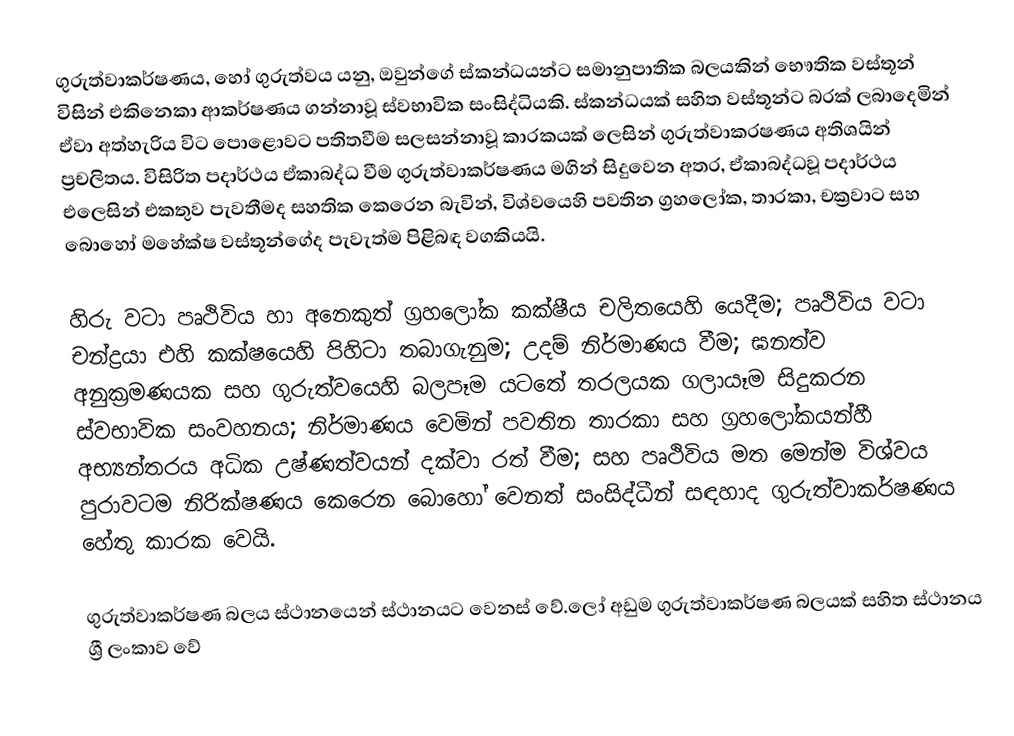
ගුරුත්වාකර්ෂණය, හෝ  ගුරුත්වය යනු, ඔවුන්ගේ   ස්කන්ධයන්ට  සමානුපාතික බලයකින් භෞතික වස්තූන් විසින් එකිනෙකා ආකර්ෂණය  ගන්නාවූ ස්වභාවික සංසිද්ධියකි. ස්කන්ධයක් සහිත වස්තූන්ට බරක් ලබාදෙමින් ඒවා අත්හැරිය විට පොළොවට පතිතවීම සලසන්නාවූ කාරකයක් ලෙසින් ගුරුත්වාකරෂණය අතිශයින් ප්‍රචලිතය. විසිරිත පදාර්ථය  ඒකාබද්ධ වීම ගුරුත්වාකර්ෂණය මගින් සිදුවෙන අතර, ඒකාබද්ධවූ පදාර්ථය එලෙසින් එකතුව පැවතීමද සහතික කෙරෙන බැවින්, විශ්වයෙහි පවතින ග්‍රහලෝක, තාරකා, චක්‍රවාට සහ  බොහෝ මහේක්ෂ වස්තූන්ගේද පැවැත්ම පිළිබඳ වගකියයි.

හිරු වටා පෘථිවිය හා අනෙකුත් ග්‍රහලෝක  කක්ෂීය චලිතයෙහි යෙදීම; පෘථිවිය වටා චන්ද්‍රයා එහි කක්ෂයෙහි පිහිටා තබාගැනුම; උදම් නිර්මාණය වීම; ඝනත්ව අනුක්‍රමණයක සහ ගුරුත්වයෙහි  බලපෑම යටතේ තරලයක ගලායෑම සිදුකරන ස්වභාවික සංවහනය; නිර්මාණය වෙමින් පවතින තාරකා සහ ග්‍රහලෝකයන්හී අභ්‍යන්තරය අධික උෂ්ණත්වයන් දක්වා රත් වීම; සහ පෘථිවිය මත මෙන්ම විශ්වය පුරාවටම නිරික්ෂණය කෙරෙන බොහෝ වෙනත් සංසිද්ධීන් සඳහාද  ගුරුත්වාකර්ෂණය හේතු කාරක වෙයි.

ගුරුත්වාකර්ෂණ බලය ස්ථානයෙන් ස්ථානයට වෙනස් වේ.ලෝ අඩුම ගුරුත්වාකර්ෂණ බලයක් සහිත ස්ථානය ශ්‍රී ලංකාව වේ